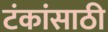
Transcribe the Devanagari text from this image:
टंकांसाठी